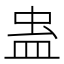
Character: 蛊